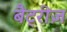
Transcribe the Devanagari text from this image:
बैट्रीज़